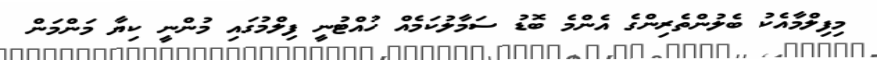
މިފިލްމާއެކު ބެލުންތެރިންގެ އެންމެ ބޮޑު ސަމާލުކަމެއް ހުއްޓުނީ ފިލްމުގައި މުންނީ ކިޔާ މަންމަން